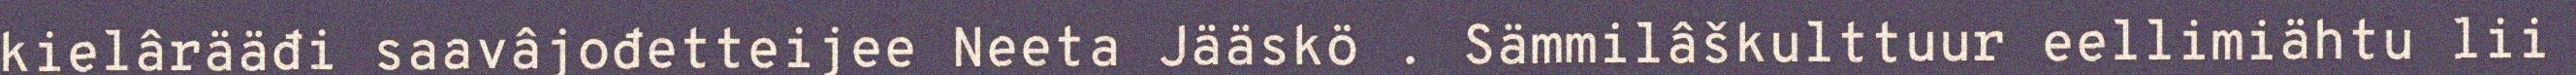
kielârääđi saavâjođetteijee Neeta Jääskö . Sämmilâškulttuur eellimiähtu lii